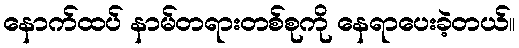
နောက်ထပ် နာမ်တရားတစ်စုကို နေရာပေးခဲ့တယ်။